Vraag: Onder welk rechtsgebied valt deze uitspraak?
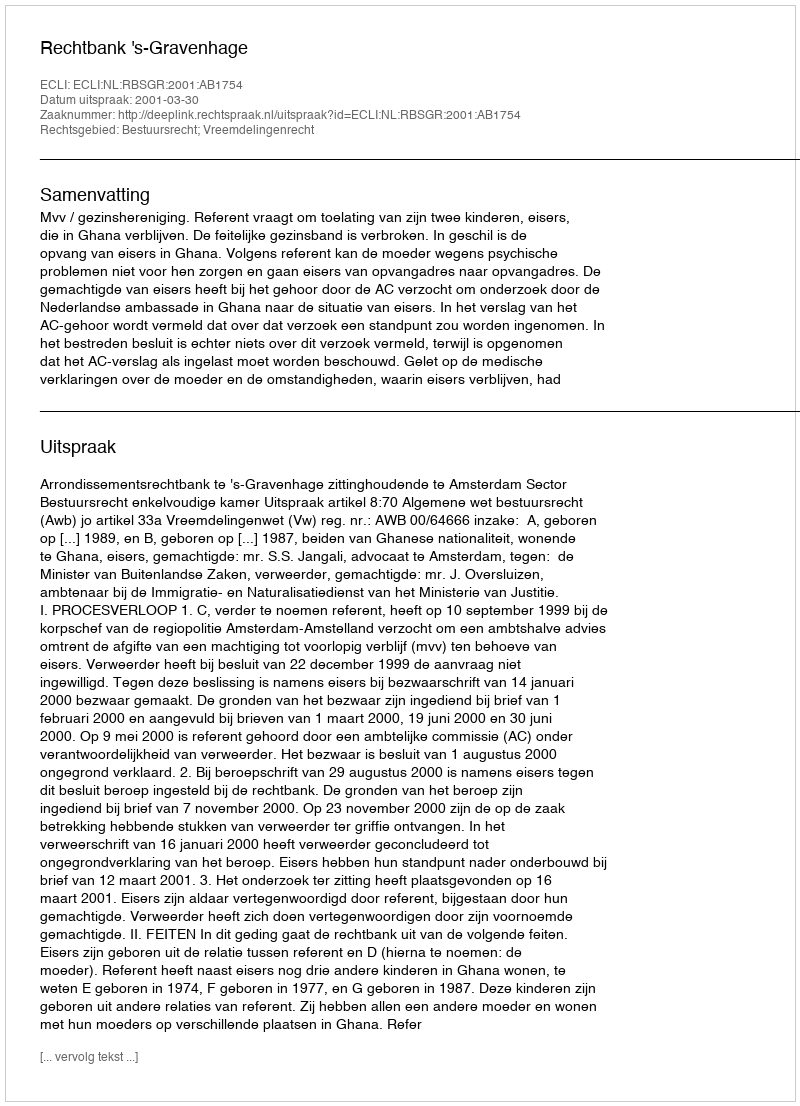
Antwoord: Bestuursrecht; Vreemdelingenrecht